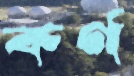
কর্ণ